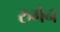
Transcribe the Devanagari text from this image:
रुगेन